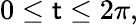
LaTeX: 0\leq\mathsf{t}\leq2\pi,